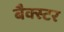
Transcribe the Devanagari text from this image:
बैक्स्टर